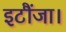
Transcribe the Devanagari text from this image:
इटौंजा।